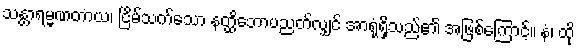
သန္တာရမ္မဏတာယ၊ ငြိမ်သက်သော နတ္ထိဘောပညတ်လျှင် အာရုံရှိသည်၏ အဖြစ်ကြောင့်။ နံ၊ ထို